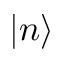
| n \rangle